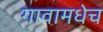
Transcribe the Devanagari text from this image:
गावामधेच